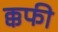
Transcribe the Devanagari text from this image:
क्कफी